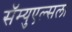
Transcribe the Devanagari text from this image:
सॅम्युएल्सला